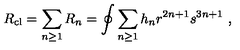
R _ { \mathrm { c l } } = \sum _ { n \ge 1 } R _ { n } = \oint \sum _ { n \ge 1 } h _ { n } r ^ { 2 n + 1 } s ^ { 3 n + 1 } \ ,